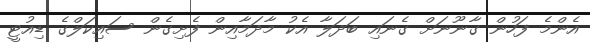
އެންމެ ފަހުން ގާނޫނަށް ގެނައި ބަދަލާ އެކު މާދަމާއިން ފެށިގެން ސައިކަލްގެ ޑިއުޓީ